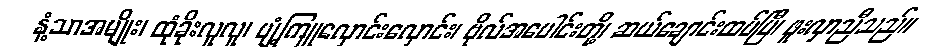
နံ့သာအမျိုး၊ ထုံခိုးလူလူ၊ ပျံ့ကြူလှောင်းလှောင်း၊ ဗိုလ်အပေါင်းတို့၊ ဆယ်ချောင်းထပ်ပြီ၊ ဖူးလှာညီသည်။